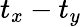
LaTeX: t_{x}-t_{y}